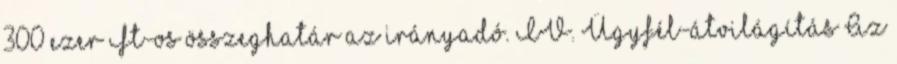
300 ezer Ft-os összeghatár az irányadó. IV. Ügyfél-átvilágítás Az